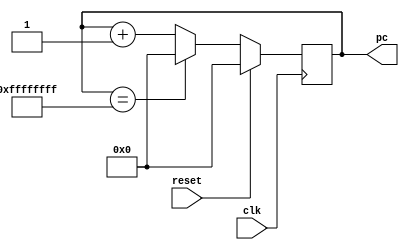
module ProgramCounter(input clk, input reset, output wire [31:0] pc);

    // Define constants
    parameter PC_WIDTH = 32;  // Width of the program counter
    parameter PC_MAX = (1 << PC_WIDTH) - 1;

    reg [31:0] counter;

    always @(posedge clk) begin
        if (reset)
            counter = 2'b0;
        else if (counter == PC_MAX)
            counter = 2'b0;
        else
            counter = counter + 1;
    end

    assign pc = counter;

endmodule